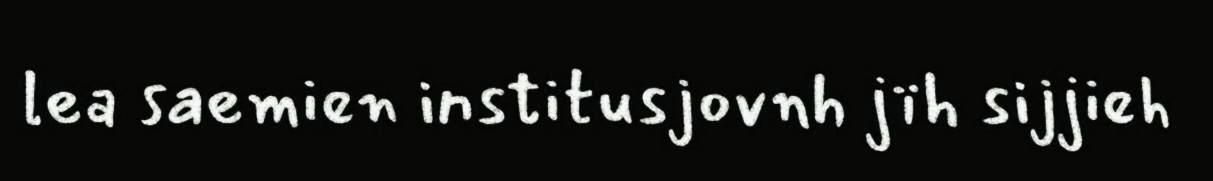
lea saemien institusjovnh jïh sijjieh